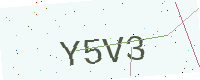
Text: Y5V3